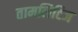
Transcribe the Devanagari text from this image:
तामलिटिज